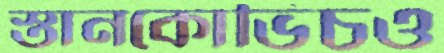
স্তানকোভিচও